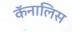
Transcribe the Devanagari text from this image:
कॅनालिस